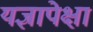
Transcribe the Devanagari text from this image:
यज्ञापेक्षा